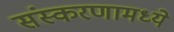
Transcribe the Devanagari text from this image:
संस्करणामध्ये